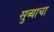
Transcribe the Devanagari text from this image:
सुब्याचा